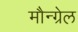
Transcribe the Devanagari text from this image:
मौन्ग्रेल